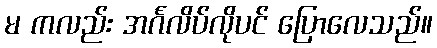
မ ကလည်း အင်္ဂလိပ်လိုပင် ပြောလေသည်။